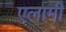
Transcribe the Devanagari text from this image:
एलामी